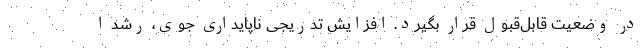
در وضعیت قابل‌قبول قرار بگیرد. افزایش تدریجی ناپایداری جوی، رشد ا